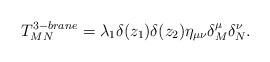
\begin{align*}T^{3-brane}_{MN}=\lambda_1\delta(z_1)\delta(z_2)\eta_{\mu\nu}\delta^\mu_M\delta^\nu_N.\end{align*}